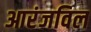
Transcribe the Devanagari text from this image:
आरंजविल